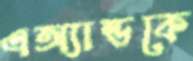
এঅ্যান্ডকে